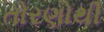
તોરણોથી